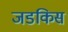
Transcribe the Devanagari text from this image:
जडकिस